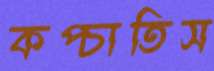
কপ্‌চাতিস